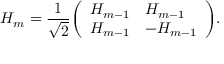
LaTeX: H _ { m } = { \frac { 1 } { \sqrt { 2 } } } { \left( \begin{array} { l l } { H _ { m - 1 } } & { H _ { m - 1 } } \\ { H _ { m - 1 } } & { - H _ { m - 1 } } \end{array} \right) } .